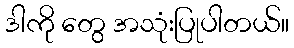
ဒါကို တွေ အသုံးပြုပါတယ်။